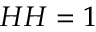
H H = 1